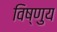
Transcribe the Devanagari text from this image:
विष्णुय